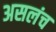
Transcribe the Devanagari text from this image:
असलंच